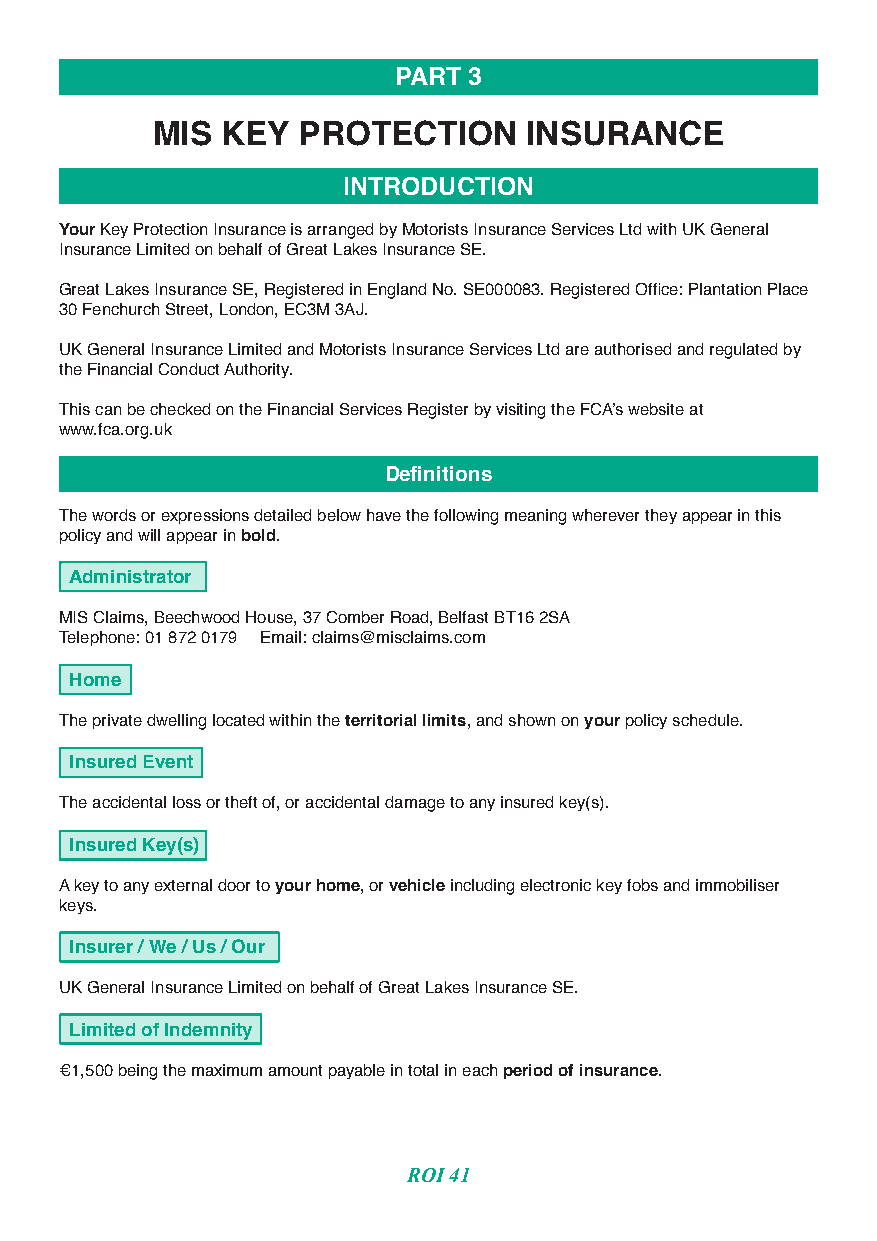
PART 3
 MIS  KEY  PROTECTION     INSURANCE
 INTRODUCTION
 Your Key Protection Insurance is arranged by Motorists Insurance Services Ltd with UK General
 Insurance Limited on behalf of Great Lakes Insurance SE.
 Great Lakes Insurance SE, Registered in England No. SE000083. Registered Office: Plantation Place
 30 Fenchurch Street, London, EC3M 3AJ.
 UK General Insurance Limited and Motorists Insurance Services Ltd are authorised and regulated by
 the Financial Conduct Authority.
 This can be checked on the Financial Services Register by visiting the FCA’s website at
 www.fca.org.uk
 Definitions
 The words or expressions detailed below have the following meaning wherever they appear in this
 policy and will appear in bold.
 Administrator
 MIS Claims, Beechwood House, 37 Comber Road, Belfast BT16 2SA
 Telephone: 01 872 0179 Email: claims@misclaims.com
 Home
 The private dwelling located within the territorial limits, and shown on your policy schedule.
 Insured Event
 The accidental loss or theft of, or accidental damage to any insured key(s).
 Insured Key(s)
 A key to any external door to your home, or vehicle including electronic key fobs and immobiliser
 keys.
 Insurer / We / Us / Our
 UK General Insurance Limited on behalf of Great Lakes Insurance SE.
 Limited of Indemnity
 €1,500 being the maximum amount payable in total in each period of insurance.
 ROI 41